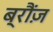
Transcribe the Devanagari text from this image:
ब्रौंज़